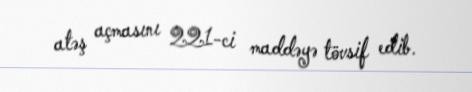
atəş açmasını 221-ci maddəyə tövsif edib.